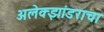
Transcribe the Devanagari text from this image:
अलेक्झांडराचा